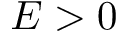
E > 0